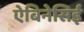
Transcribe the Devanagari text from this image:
ऐबिनेसिई